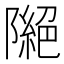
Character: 𨼎